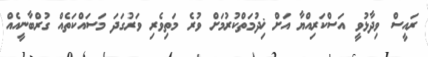
ރައީސް ވިދާޅުވީ އަސްކަރިއްޔާ އަށް ޚިދުމަތްކުރުމަށް ވުރެ މަތިވެރި ވަރުގަދަ މަސައްކަތެއް ގުރްބާނީއެއް